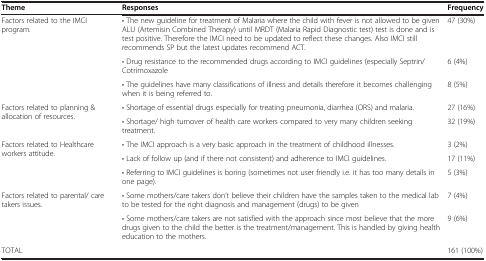
<table><thead><tr><td><b>Theme</b></td><td><b>Responses</b></td><td><b>Frequency</b></td></tr></thead><tbody><tr><td rowspan="3">Factors related to the IMCI program.</td><td>• The new guideline for treatment of Malaria where the child with fever is not allowed to be given ALU (Artemisin Combined Therapy) until MRDT (Malaria Rapid Diagnostic test) test is done and is test positive. Therefore the IMCI need to be updated to reflect these changes. Also IMCI still recommends SP but the latest updates recommend ACT.</td><td>47 (30%)</td></tr><tr><td>• Drug resistance to the recommended drugs according to IMCI guidelines (especially Septrin/Cotrimoxazole</td><td>6 (4%)</td></tr><tr><td>• The guidelines have many classifications of illness and details therefore it becomes challenging when it is being referred to.</td><td>8 (5%)</td></tr><tr><td rowspan="2">Factors related to planning &amp; allocation of resources.</td><td>• Shortage of essential drugs especially for treating pneumonia, diarrhea (ORS) and malaria.</td><td>27 (16%)</td></tr><tr><td>• Shortage/ high turnover of health care workers compared to very many children seeking treatment.</td><td>32 (19%)</td></tr><tr><td rowspan="3">Factors related to Healthcare workers attitude.</td><td>• The IMCI approach is a very basic approach in the treatment of childhood illnesses.</td><td>3 (2%)</td></tr><tr><td>• Lack of follow up (and if there not consistent) and adherence to IMCI guidelines.</td><td>17 (11%)</td></tr><tr><td>• Referring to IMCI guidelines is boring (sometimes not user friendly i.e. it has too many details in one page).</td><td>5 (3%)</td></tr><tr><td rowspan="2">Factors related to parental/ care takers issues.</td><td>• Some mothers/care takers don’t believe their children have the samples taken to the medical lab to be tested for the right diagnosis and management (drugs) to be given</td><td>7 (4%)</td></tr><tr><td>• Some mothers/care takers are not satisfied with the approach since most believe that the more drugs given to the child the better is the treatment/management. This is handled by giving health education to the mothers.</td><td>9 (6%)</td></tr><tr><td>TOTAL</td><td> </td><td>161 (100%)</td></tr></tbody></table>